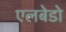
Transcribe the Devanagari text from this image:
एलबेडो